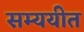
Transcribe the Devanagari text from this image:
सम्ययीत